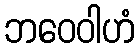
ဘဝေဝါဟံ